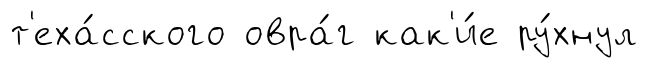
т'еха́сского овра́г как'и́е ру́хнул